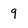
Character: 9